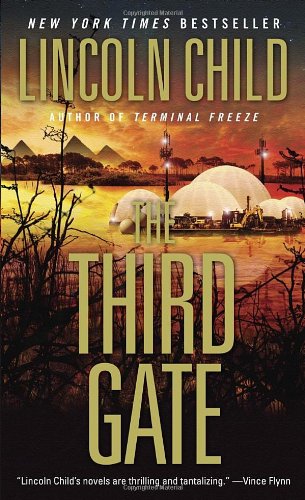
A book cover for The Third Gate; Lincoln Child; Mystery, Thriller & Suspense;